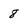
Character: 8